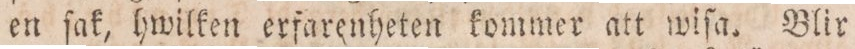
en ſak, hwilken erfarenheten kommer att wiſa. Blir